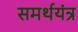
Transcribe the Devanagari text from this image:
समर्थयंत्र